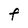
Character: F